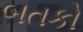
બતકો